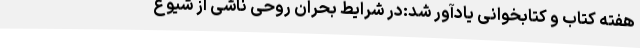
هفته کتاب و کتابخوانی یادآور شد:در شرایط بحران روحی ناشی از شیوع